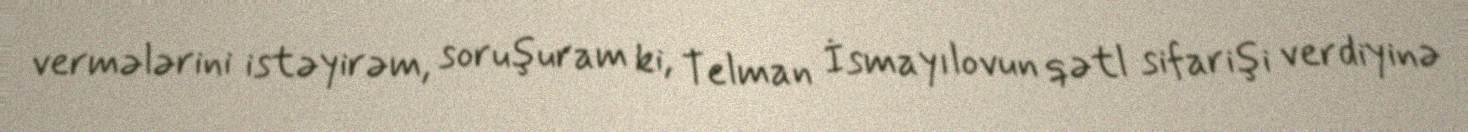
vermələrini istəyirəm, soruşuram ki, Telman İsmayılovun qətl sifarişi verdiyinə